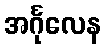
အင်္ဂုလေန